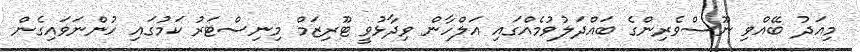
މިއަދު ބޭއްވި ނޫސްވެރިންގެ ބައްދަލުވުމެއްގައި އަލްހާން ވިދާޅުވީ ޓޫރިޒަމް މިނިސްޓަރު ކަމުގައި ހުންނަވައިގެން